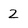
Character: Z